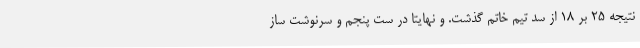
نتیجه 25 بر 18 از سد تیم خاتم گذشت. و نهایتا در ست پنجم و سرنوشت ساز